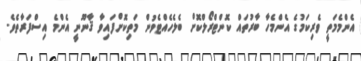
އެންމެމަތީ ވެރިކަމުގެ އެންމެހާ ބާރުތައް ކޮންޓްރޯލްކޮށް ބެލެހެއްޓެވުން މަތިކޮށްފައިވާ ޤާނޫނީ އެންމެ އިސްފަރާތެވެ.